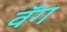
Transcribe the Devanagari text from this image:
वॅग